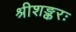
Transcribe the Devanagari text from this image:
श्रीशङ्करः